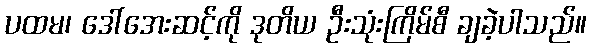
ပထမ၊ ဒေါ်အေးဆင့်ကို ဒုတိယ ဦးသုံးကြိမ်စီ ချခဲ့ပါသည်။